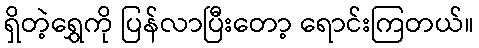
ရှိတဲ့ရွှေကို ပြန်လာပြီးတော့ ရောင်းကြတယ်။